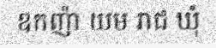
ឧកញ៉ា យម រាជ ឃុំ